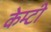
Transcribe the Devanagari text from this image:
केम्टी